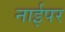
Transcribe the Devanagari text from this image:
नाईपर